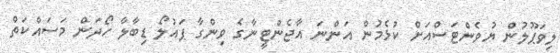
ލިވަޕޫލުން ޔުވެންޓަސްއަށް ކުޅެމުން އަންނަ އާޖެންޓީނާގެ ވިންގާ ޕައުލޯ ޑިބާލާ ހޯދަން މަސައްކަތް